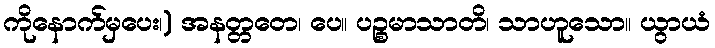
ကိုနောက်မှပေး၊) အနတ္တတေ၊ ပေ။ ပဉ္စမာသာတိ၊ သာဟူသော။ ယွာယံ